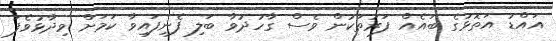
އައްޑު އަތޮޅުގެ ބައެއް ފަރުތަކުން ވެސް ގާހުދުވާ ބަލި ފެނިފައިވާ ކަމަށް ވިދާޅުވެފަ